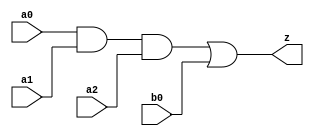
// This program was cloned from: https://github.com/aolofsson/oh
// License: MIT License

//#############################################################################
//# Function: And-Or (ao31) Gate                                              #
//# Copyright: OH Project Authors. ALl rights Reserved.                       #
//# License:  MIT (see LICENSE file in OH repository)                         # 
//#############################################################################

module oh_ao31 #(parameter DW = 1 ) // array width
   (
    input [DW-1:0]  a0,
    input [DW-1:0]  a1,
    input [DW-1:0]  a2,
    input [DW-1:0]  b0, 
    output [DW-1:0] z
    );
   
   assign z = (a0 & a1 & a2) | b0;
   
endmodule